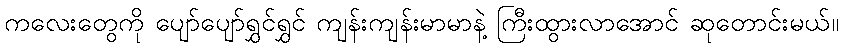
ကလေးတွေကို ပျော်ပျော်ရွှင်ရွှင် ကျန်းကျန်းမာမာနဲ့ ကြီးထွားလာအောင် ဆုတောင်းမယ်။